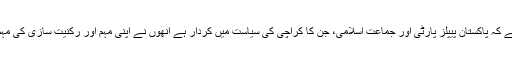
یہ دلچسپ بات ہے کہ پاکستان پیپلز پارٹی اور جماعت اسلامی، جن کا کراچی کی سیاست میں کردار ہے انھوں نے اپنی مہم اور رکنیت سازی کی مہم تیز کر دی ہے۔